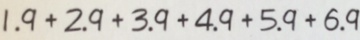
1 . 9 + 2 . 9 + 3 . 9 + 4 . 9 + 5 . 9 + 6 . 9